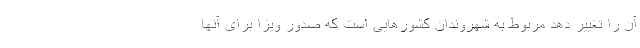
آن را تغییر دهد مربوط به شهروندان کشورهایی است که صدور ویزا برای آنها